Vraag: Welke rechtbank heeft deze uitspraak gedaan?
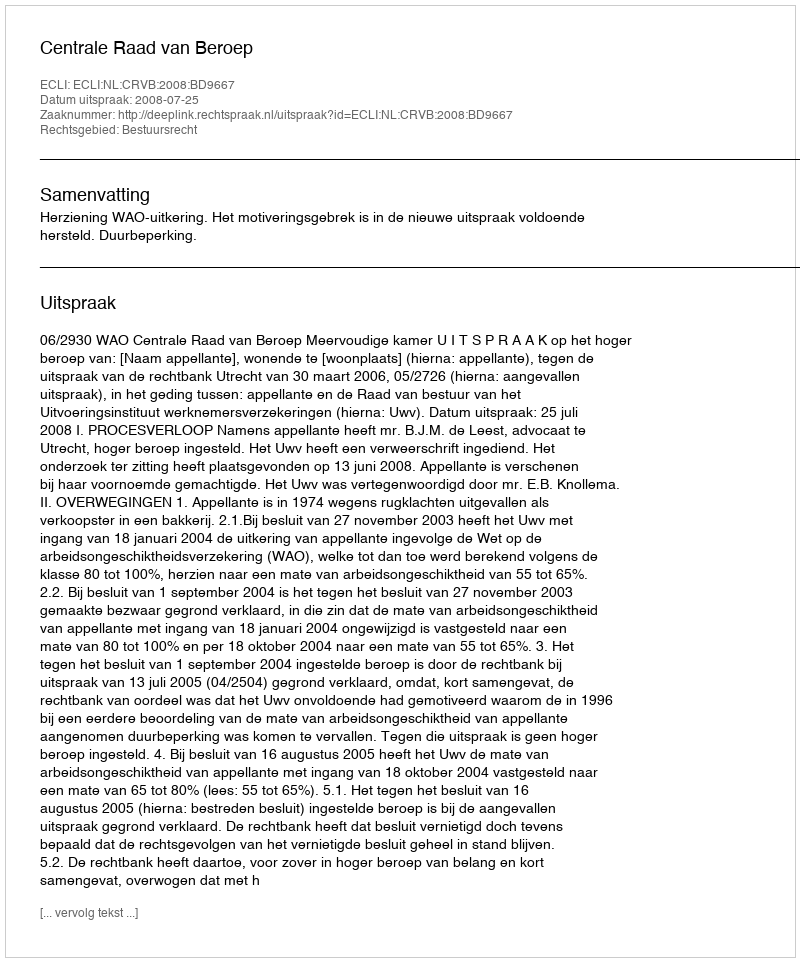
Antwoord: Centrale Raad van Beroep